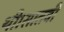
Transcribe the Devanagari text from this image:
थी।सातवीं